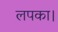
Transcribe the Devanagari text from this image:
लपका।